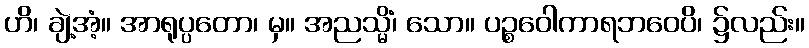
ဟိ၊ ချဲ့အံ့။ အာရုပ္ပတော၊ မှ။ အညသ္မိံ၊ သော။ ပဉ္စဝေါကာရဘဝေပိ၊ ၌လည်း။